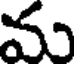
మ